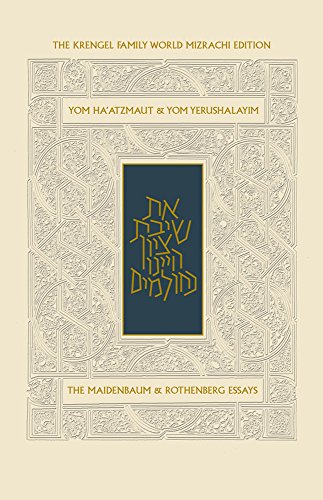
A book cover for Yom Ha'atzmaut & Yom Yerushalyim (Hebrew and English Edition); Jonathan Sacks; Religion & Spirituality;